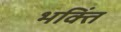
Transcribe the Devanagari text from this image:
भक्तिं